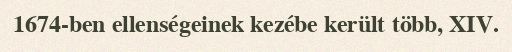
1674-ben ellenségeinek kezébe került több, XIV.